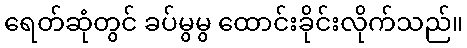
ရေတ်ဆုံတွင် ခပ်မွမွ ထောင်းခိုင်းလိုက်သည်။